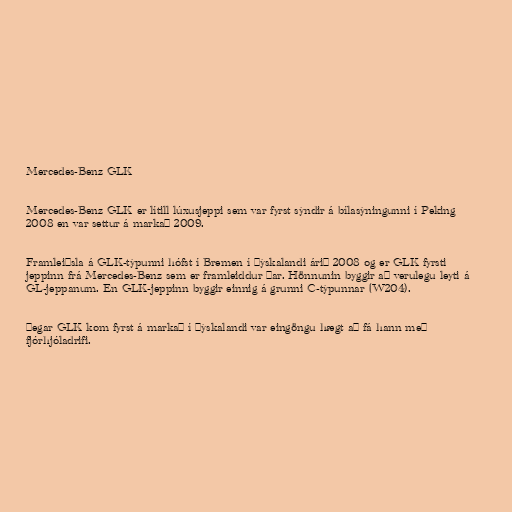
Mercedes-Benz GLK

Mercedes-Benz GLK er lítill lúxusjeppi sem var fyrst sýndir á bílasýningunni í Peking
2008 en var settur á markað 2009.

Framleiðsla á GLK-týpunni hófst í Bremen í Þýskalandi árið 2008 og er GLK fyrsti
jeppinn frá Mercedes-Benz sem er framleiddur þar. Hönnunin byggir að verulegu leyti á
GL-jeppanum. En GLK-jeppinn byggir einnig á grunni C-týpunnar (W204).

Þegar GLK kom fyrst á markað í Þýskalandi var eingöngu hægt að fá hann með
fjórhjóladrifi.